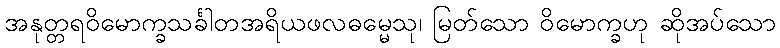
အနုတ္တရဝိမောက္ခသင်္ခါတအရိယဖလဓမ္မေသု၊ မြတ်သော ဝိမောက္ခဟု ဆိုအပ်သော